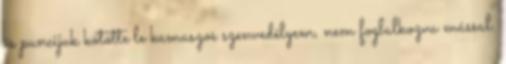
és puncijuk kötötte le kamaszos szenvedélyem, nem foglalkozva mással.